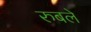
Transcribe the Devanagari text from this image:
रुबले